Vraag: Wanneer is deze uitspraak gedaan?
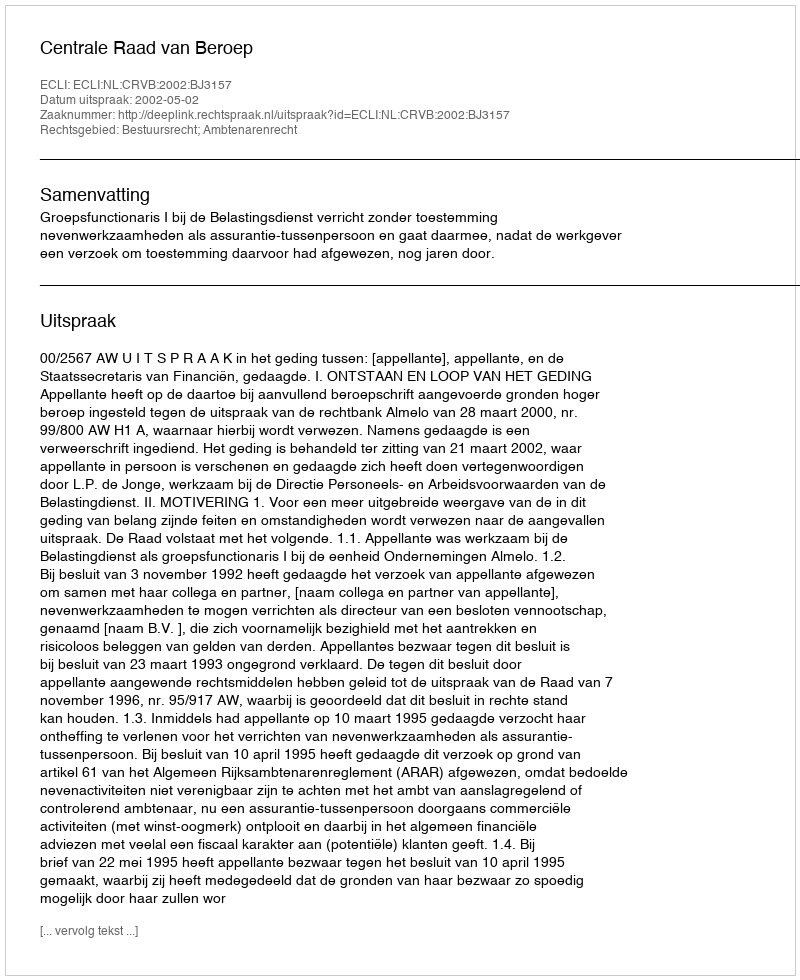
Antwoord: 2002-05-02